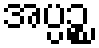
အပ္ပဉ္စ